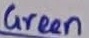
Text: Green